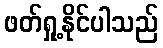
ဖတ်ရှု့နိုင်ပါသည်